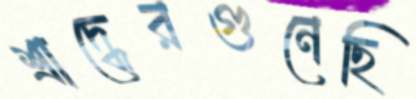
শ্রাদ্ধেরগুনেছি